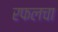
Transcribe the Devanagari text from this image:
रफलचा